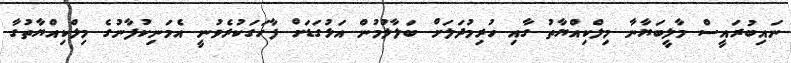
ނައިބުރައީސް މާލީބަޔާނާ މިލްކިއްޔާތު ގާއި ހުރިމުދަލަށް ބަލާލުމުން އަޅުގަޑަށް ފާހަގަކުރެވުނީ އެމަނިކުފާނުގެ މިލްކިއްޔާތުގާ